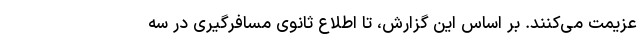
عزیمت می‌کنند. بر اساس این گزارش، تا اطلاع ثانوی مسافرگیری در سه